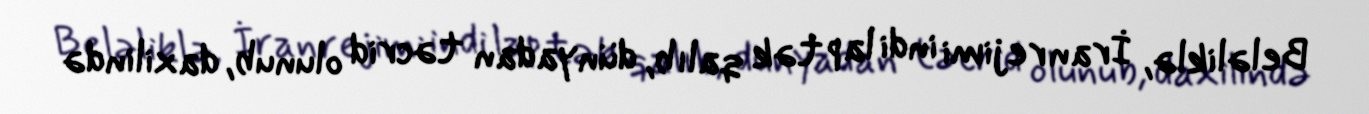
Beləliklə, İran rejimi indi lap tək qalıb, dünyadan təcrid olunub, daxilində